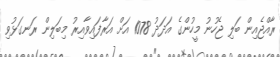
ރާއްޖެއިން ބަލި ޖެހުނު މީހުންގެ އަދަދު 1078 އަށް އަރާފައިވާއިރު މިބަލިން ރަނގަޅުވި